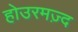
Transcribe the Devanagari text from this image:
होउरमज़्द